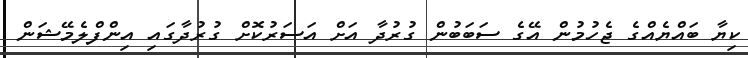
ކިޔާ ބައްޔެއްގެ ޖެހުމުން އޭގެ ސަބަބުން ގުރުދާ އަށް އަސަރުކޮށް ގުރުދާގައި އިންފްލެމޭޝަން